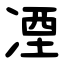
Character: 凐